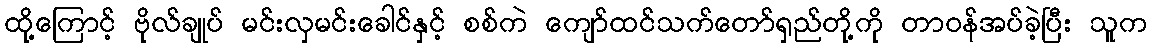
ထို့ကြောင့် ဗိုလ်ချုပ် မင်းလှမင်းခေါင်နှင့် စစ်ကဲ ကျော်ထင်သက်တော်ရှည်တို့ကို တာဝန်အပ်ခဲ့ပြီး သူက